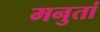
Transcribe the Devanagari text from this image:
मनुतां